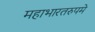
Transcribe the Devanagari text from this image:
महाभारतरुपमे